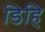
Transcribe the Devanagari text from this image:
डिहि